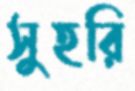
সুহরি